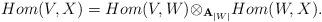
LaTeX: \begin{align*}Hom(V,X)=Hom(V,W){\otimes}_{{\bf A}_{|W|}}Hom(W,X).\end{align*}